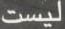
ليست